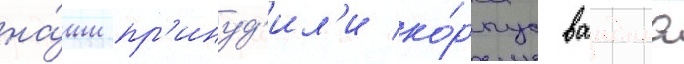
на́ши пр'инуд'ил'и ко́рпус вандама